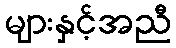
များနှင့်အညီ